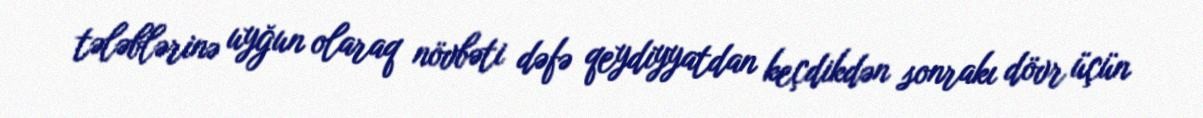
tələblərinə uyğun olaraq növbəti dəfə qeydiyyatdan keçdikdən sonrakı dövr üçün